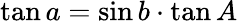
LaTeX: \tan a=\sin b\cdot\tan A